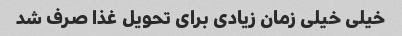
خیلی خیلی زمان زیادی برای تحویل غذا صرف شد